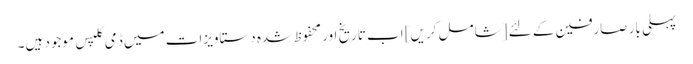
پہلی بار صارفین کے لئے [شامل کریں] اب تاریخ اور محفوظ شدہ دستاویزات میں ڈمی کلپس موجود ہیں۔